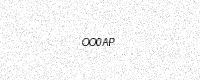
Text: OO0AP